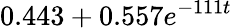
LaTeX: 0.443+0.557e^{-111t}